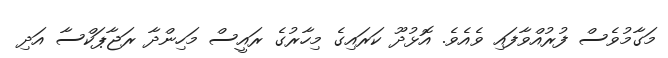
މަގާމުވެސް ފުރުއްވާފައި ވެއެވެ. އޮޅުދޫ ކަރައިގެ މިހާރުގެ ރައީސް މަހިންދާ ރަޖާޕަކްސާ އަދި